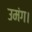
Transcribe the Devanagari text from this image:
उमंग।